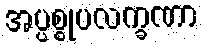
အပ္ပစ္စုပလက္ခဏာ